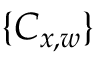
\{ C _ { x , w } \}